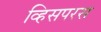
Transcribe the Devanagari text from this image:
व्हिसपरस